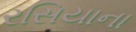
રસિયાના